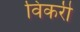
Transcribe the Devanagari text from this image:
विकरी